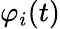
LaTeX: \varphi_{i}(t)